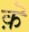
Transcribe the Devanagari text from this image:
क़ॆ